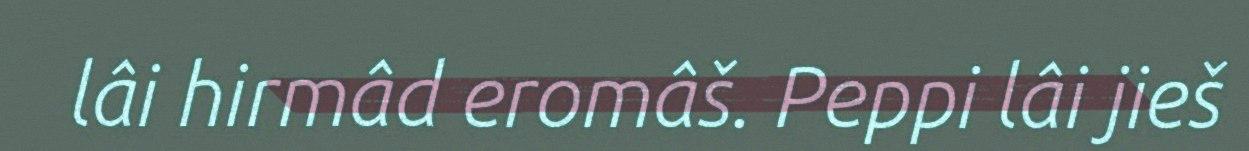
lâi hirmâd eromâš. Peppi lâi jieš